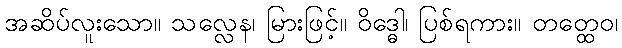
အဆိပ်လူးသော။ သလ္လေန၊ မြားဖြင့်။ ဝိဒ္ဓေါ၊ ပြစ်ရကား။ တတ္ထေဝ၊